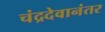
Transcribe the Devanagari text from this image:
चंद्रदेवानंतर